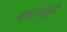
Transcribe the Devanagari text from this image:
बातम्यांमुळे